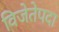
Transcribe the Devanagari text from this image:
विजेतेपदा